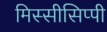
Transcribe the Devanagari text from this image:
मिस्सीसिप्पी